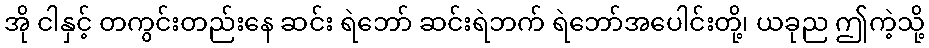
အို ငါနှင့် တကွင်းတည်းနေ ဆင်း ရဲဘော် ဆင်းရဲဘက် ရဲဘော်အပေါင်းတို့၊ ယခုည ဤကဲ့သို့